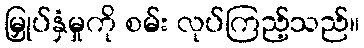
မြှုပ်နှံမှုကို စမ်း လုပ်ကြည့်သည်။